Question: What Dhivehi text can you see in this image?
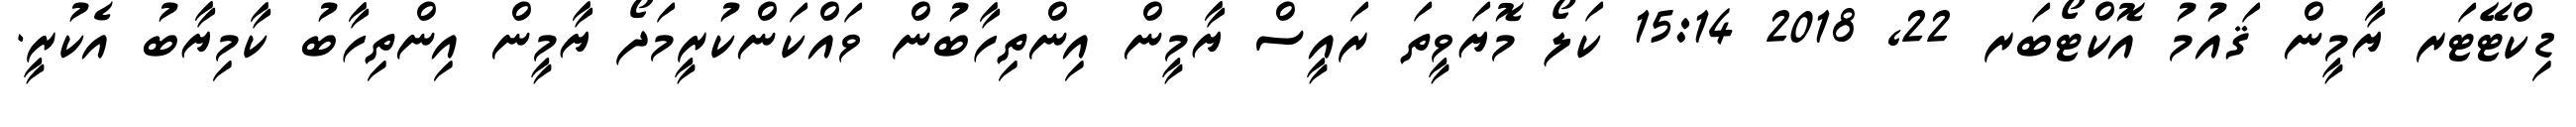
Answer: ޑިކްޓޭޓަރ ޔާމީން ޤައުމު އޮކްޓޯބަރ 22, 2018 15:14 ކަލޯ މޮޔަވީތަ ރައީސް ޔާމީން އިންތިހާބުން ވައްކަންކުރީމަދޯ ޔާމީން އިންތިހާބު ކާމިޔާބު އެކުރީ.